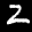
Label: 2